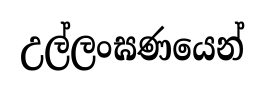
උල්ලංඝණයෙන්